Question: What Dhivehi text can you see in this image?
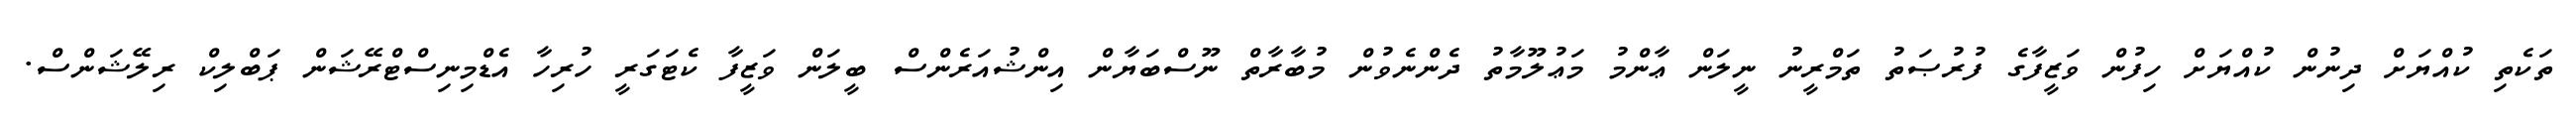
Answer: ތަކެތި ކުއްޔަށް ދިނުން ކުއްޔަށް ހިފުން ވަޒީފާގެ ފުރުޞަތު ތަމްރީނު ނީލަން ޢާންމު މަޢުލޫމާތު ދެންނެވުން މުބާރާތް ނޫސްބަޔާން އިންޝުއަރެންސް ބީލަން ވަޒީފާ ކެޓަގަރީ ހުރިހާ އެޑްމިނިސްޓްރޭޝަން ޕަބްލިކް ރިލޭޝަންސް.